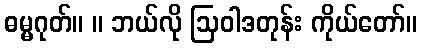
ဓမ္မဂုတ်။ ။ ဘယ်လို ဩဝါဒတုန်း ကိုယ်တော်။